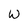
Character: W